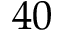
^ Ḋ 4 0 Ḍ